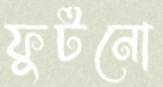
ফুটনো